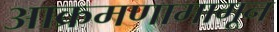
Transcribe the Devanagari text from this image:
आक्रमणामागून